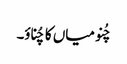
چُنو میاں کا چُناؤ۔